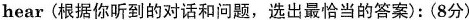
hear(根据你听到的对话和问题,选出最恰当的答案):(8分)